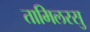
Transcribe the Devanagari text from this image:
तामिलरसु